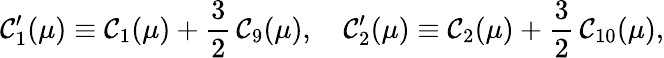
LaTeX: \mathcal{C}_{1}^{\prime}(\mu)\equiv\mathcal{C}_{1}(\mu)+\frac{{3}}{{2}}\, \mathcal{C}_{9}(\mu),\quad\mathcal{C}_{2}^{\prime}(\mu)\equiv\mathcal{C}_{2}(\mu)+\frac{{3}}{{2}}\, \mathcal{C}_{10}(\mu),